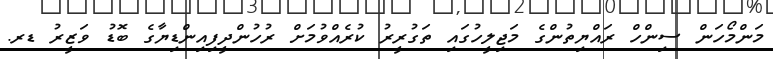
މަންމޯހަން ސިންހް ރައްޔިތުންގެ މަޖިލީހުގައި ތަގުރީރު ކުރެއްވުމަށް ރުހުންދީފިއިންޑިޔާގެ ބޮޑު ވަޒީރު ޑރ.